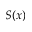
S ( x )